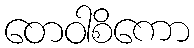
တေဝါစိကော